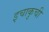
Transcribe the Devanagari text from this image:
इचाकुची